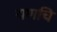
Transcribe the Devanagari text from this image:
यणचि